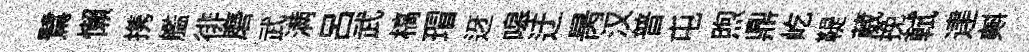
鷺懶携艦徘磨武满呂武槁瑁迓嗥迂昺汉普屯煦鼎屹鞮葳挽軾䢖𣂏